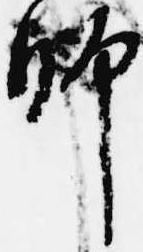
師